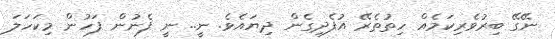
ނޭގޭ ބިރުވެރިކަމެއް ހިތުތެރޭ އުފެދިގެން ދިޔައެވެ. ނީ.. ނީ ފެނުން ފަހުން މިކަހަލަ